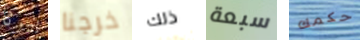
بيرثا خرجنا ذلك سبعة حكمك